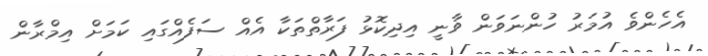
އެހެންވެ އުމަރު ހުންނަވަން ވާނީ އިދިކޮޅު ފަރާތްތަކާ އެއް ސަފެއްގައި ކަމަށް އިމްރާން